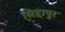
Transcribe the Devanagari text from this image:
सिद्दापुर